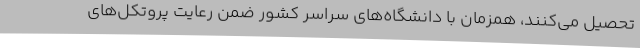
تحصیل می‌کنند، همزمان با دانشگاه‌های سراسر کشور ضمن رعایت پروتکل‌های